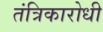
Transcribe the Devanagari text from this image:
तंत्रिकारोधी